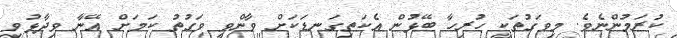
ކުރަމުންނެވެ. މިވަގުތަކީ ހުރިހާ ބޭޅުން އެކަތިގަނޑަކަށް ވާންވީ ވަގުތު ކަމަށް އޭނާ ވިދާޅުވި